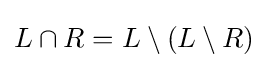
L\cap R=L\setminus (L\setminus R)